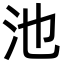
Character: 池